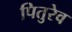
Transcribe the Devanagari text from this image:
पितुरेव